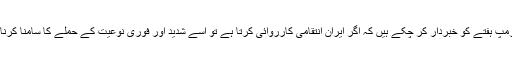
صدر ڈونلڈ ٹرمپ ہفتے کو خبردار کر چکے ہیں کہ اگر ایران انتقامی کارروائی کرتا ہے تو اسے شدید اور فوری نوعیت کے حملے کا سامنا کرنا پڑ سکتا ہے۔